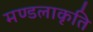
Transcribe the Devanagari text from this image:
मण्डलाकृति